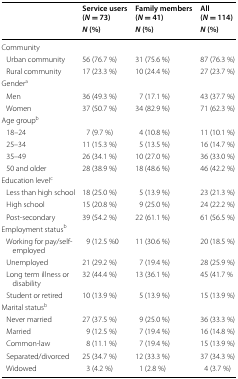
| <ROWSPAN=2>  | Service users(N = 73) | Family members(N = 41) | All(N = 114) |
 | N (%) | N (%) | N (%) |
 | --- | --- | --- | --- |
 | <COLSPAN=4> Community |
 | Urban community | 56 (76.7 %) | 31 (75.6 %) | 87 (76.3 %) |
 | Rural community | 17 (23.3 %) | 10 (24.4 %) | 27 (23.7 %) |
 | <COLSPAN=4> Gendera |
 | Men | 36 (49.3 %) | 7 (17.1 %) | 43 (37.7 %) |
 | Women | 37 (50.7 %) | 34 (82.9 %) | 71 (62.3 %) |
 | <COLSPAN=4> Age groupb |
 | 18–24 | 7 (9.7 %) | 4 (10.8 %) | 11 (10.1 %) |
 | 25–34 | 11 (15.3 %) | 5 (13.5 %) | 16 (14.7 %) |
 | 35–49 | 26 (34.1 %) | 10 (27.0 %) | 36 (33.0 %) |
 | 50 and older | 28 (38.9 %) | 18 (48.6 %) | 46 (42.2 %) |
 | <COLSPAN=4> Education levelc |
 | Less than high school | 18 (25.0 %) | 5 (13.9 %) | 23 (21.3 %) |
 | High school | 15 (20.8 %) | 9 (25.0 %) | 24 (22.2 %) |
 | Post-secondary | 39 (54.2 %) | 22 (61.1 %) | 61 (56.5 %) |
 | <COLSPAN=4> Employment statusb |
 | Working for pay/self-employed | 9 (12.5 %0 | 11 (30.6 %) | 20 (18.5 %) |
 | Unemployed | 21 (29.2 %) | 7 (19.4 %) | 28 (25.9 %) |
 | Long term illness or disability | 32 (44.4 %) | 13 (36.1 %) | 45 (41.7 % |
 | Student or retired | 10 (13.9 %) | 5 (13.9 %) | 15 (13.9 %) |
 | <COLSPAN=4> Marital statusb |
 | Never married | 27 (37.5 %) | 9 (25.0 %) | 36 (33.3 %) |
 | Married | 9 (12.5 %) | 7 (19.4 %) | 16 (14.8 %) |
 | Common-law | 8 (11.1 %) | 7 (19.4 %) | 15 (13.9 %) |
 | Separated/divorced | 25 (34.7 %) | 12 (33.3 %) | 37 (34.3 %) |
 | Widowed | 3 (4.2 %) | 1 (2.8 %) | 4 (3.7 %) |